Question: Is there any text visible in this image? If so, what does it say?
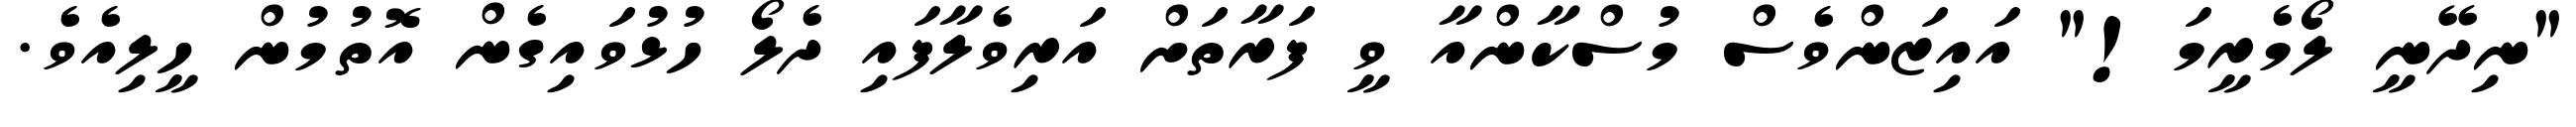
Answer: "ނިދޭނީ ލޯމެރީމަ!" އައިޒަންވެސް މުސްކާންއާ ވީ ފަރާތަށް އަރިވެލާފައި ދެލޯ ހުޅުވައިގެން އޮތުމުން ހީލިއެވެ.